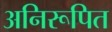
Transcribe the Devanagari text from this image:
अनिरूपित